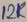
Text: 12K